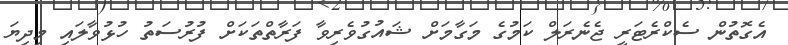
އެގޮތުން ސެކްރެޓަރީ ޖެނެރަލް ކަމުގެ މަގާމަށް ޝައުގުވެރިވާ ފަރާތްތަކަށް ފުރުސަތު ހުޅުވާލައި މިދިޔަ